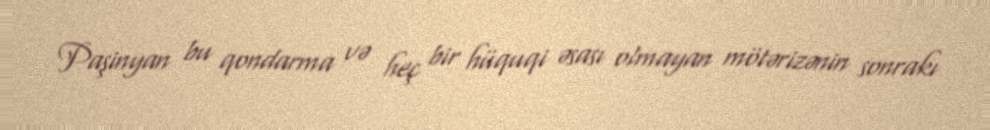
Paşinyan bu qondarma və heç bir hüquqi əsası olmayan mötərizənin sonrakı